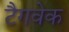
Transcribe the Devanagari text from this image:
टैगवेक